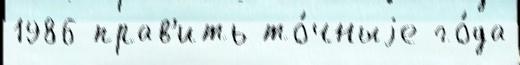
1986 прав'ить то́чныjе го́да